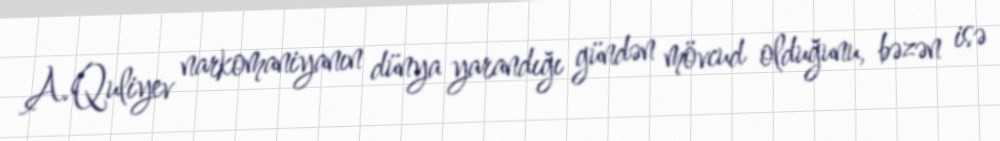
A.Quliyev narkomaniyanın dünya yarandığı gündən mövcud olduğunu, bəzən isə